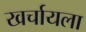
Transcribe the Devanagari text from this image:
खर्चायला